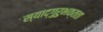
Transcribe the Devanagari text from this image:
स्याद्गुरुभक्तता